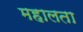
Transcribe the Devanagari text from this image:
महालता